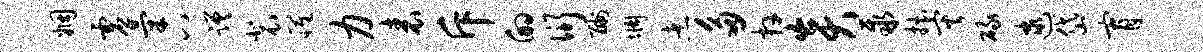
姻虚气八蹉裴罹力表斥的衍酬惆煮多卉炎聚拙灾碌逮岱宵